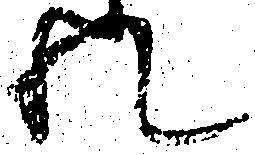
れ